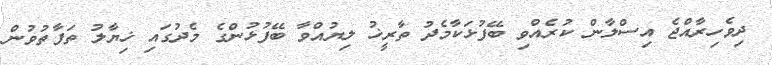
ދިވެހިރާއްޖެ އިސްލާން ކުރެއްވި ބޭފުޅަކާމެދު ތާރީޚު ލިޔުއްވާ ބޭފުޅުންގެ މެދުގައި ޚިޔާލު ތަފާތުވުން